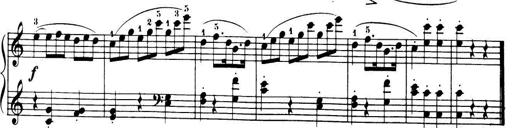
Title: 32 Sonatinas and Rondos for the Piano
Composer: Richard Kleinmichel